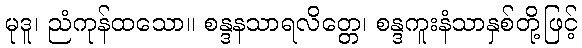
မုဒူ၊ ညံကုန်ထသော။ စန္ဒနသာရလိတ္တေ၊ စန္ဒကူးနံသာနှစ်တို့ဖြင့်